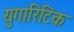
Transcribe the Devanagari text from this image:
युगारिटिक